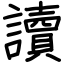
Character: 讀